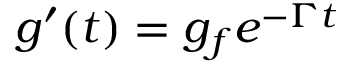
g ^ { \prime } ( t ) = g _ { f } e ^ { - \Gamma t }